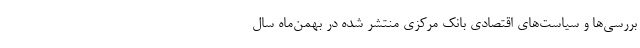
بررسی‌ها و سیاست‌های اقتصادی بانک مرکزی منتشر شده در بهمن‌ماه سال